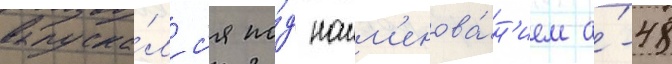
выпуска́лс'я по́д наим'енова́н'ием а́-48